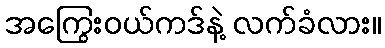
အကြွေးဝယ်ကဒ်နဲ့ လက်ခံလား။